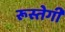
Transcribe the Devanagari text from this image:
रूस्तेगी